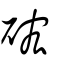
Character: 硡